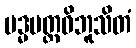
ပဒ္မပတ္တဝိဘူသိတံ